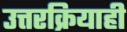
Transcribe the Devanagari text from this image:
उत्तरक्रियाही